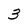
Character: 3